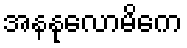
အနနုလောမိကေ